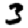
Digit: 3